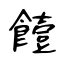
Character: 饐